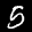
Label: 5